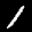
Label: 1